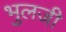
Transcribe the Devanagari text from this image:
भुलजी